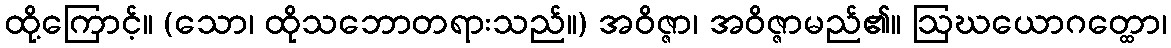
ထို့ကြောင့်။ (သော၊ ထိုသဘောတရားသည်။) အဝိဇ္ဇာ၊ အဝိဇ္ဇာမည်၏။ ဩဃယောဂတ္ထော၊